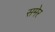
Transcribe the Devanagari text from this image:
समेर